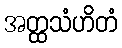
အတ္ထသံဟိတံ